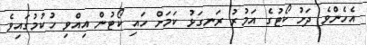
އެހެންވެ ދަށު ކޯޓުގެ އަމުރު ރަނގަޅު ކަމަށް ހައި ކޯޓުން އިއްވި ހުކުމުގައިވެ